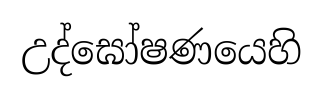
උද්ඝෝෂණයෙහි